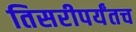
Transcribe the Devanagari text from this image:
तिसरीपर्यंतच